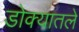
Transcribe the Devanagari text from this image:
डोक्यातले